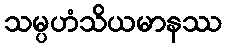
သမ္ပဟံသိယမာနဿ